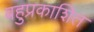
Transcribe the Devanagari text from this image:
बहुप्रकाशित